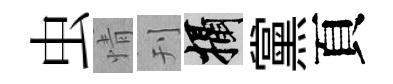
虫情刊攝黨頁